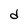
Character: d